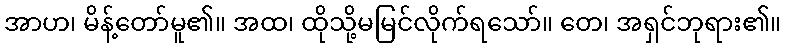
အာဟ၊ မိန့်တော်မူ၏။ အထ၊ ထိုသို့မမြင်လိုက်ရသော်။ တေ၊ အရှင်ဘုရား၏။